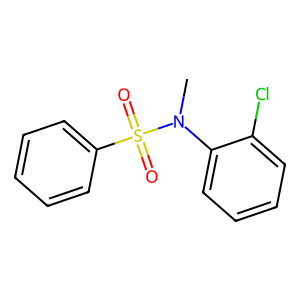
SMILES: CN(c1ccccc1Cl)S(=O)(=O)c1ccccc1
Inhibits HIV replication: No